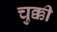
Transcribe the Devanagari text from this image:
चुक्की